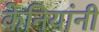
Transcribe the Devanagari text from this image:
केनियांनी